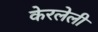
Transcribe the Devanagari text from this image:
केरलेली